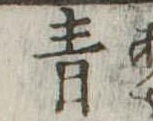
青